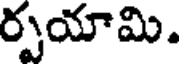
ర్పయామి.